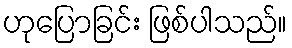
ဟုပြောခြင်း ဖြစ်ပါသည်။